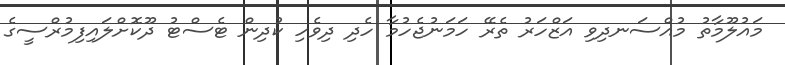
މައުލޫމާތު މުއްސަނދިވި އަޒްހަރު ތެރޭ ހަމަނުޖެހުމާ ހެދި ދިވެހި ކުދިން ޓެސްޓު ދޫކޮށްލައިފިމުރްސީގެ